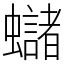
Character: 蠩